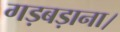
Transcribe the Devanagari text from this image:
गड़बड़ाना।